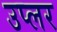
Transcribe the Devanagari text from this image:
उप्लर